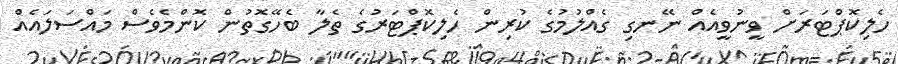
ހެލިކޮޕްޓަރަށް ވީނުވީއެއް ނޭނގި ގެއްލުމުގެ ކުރިން ހެލިކޮޕްޓަރުގެ ތެލާ ބެހޭގޮތުން ކޮންމެވެސް މައްސަލައެއް